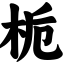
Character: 栀